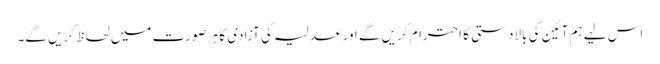
اس لیے ہم آئین کی بالادستی کا احترام کریں گے اور عدلیہ کی آزادی کا ہر صورت میں لحاظ کریں گے۔